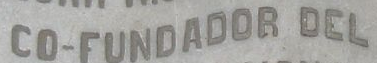
CO-FUNDADOR DEL